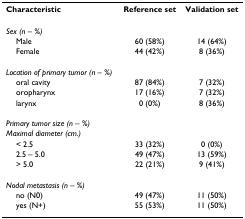
<table><thead><tr><td><b>Characteristic</b></td><td><b>Reference set</b></td><td><b>Validation set</b></td></tr></thead><tbody><tr><td><i>Sex (n – %)</i></td><td>[EMPTY_CELL]</td><td>[EMPTY_CELL]</td></tr><tr><td> Male</td><td>60 (58%)</td><td>14 (64%)</td></tr><tr><td> Female</td><td>44 (42%)</td><td>8 (36%)</td></tr><tr><td><i>Location of primary tumor (n – %)</i></td><td>[EMPTY_CELL]</td><td>[EMPTY_CELL]</td></tr><tr><td> oral cavity</td><td>87 (84%)</td><td>7 (32%)</td></tr><tr><td> oropharynx</td><td>17 (16%)</td><td>7 (32%)</td></tr><tr><td> larynx</td><td>0 (0%)</td><td>8 (36%)</td></tr><tr><td><i>Primary tumor size (n – %)</i></td><td>[EMPTY_CELL]</td><td>[EMPTY_CELL]</td></tr><tr><td><i>Maximal diameter (cm.)</i></td><td>[EMPTY_CELL]</td><td>[EMPTY_CELL]</td></tr><tr><td> &lt; 2.5</td><td>33 (32%)</td><td>0 (0%)</td></tr><tr><td> 2.5 – 5.0</td><td>49 (47%)</td><td>13 (59%)</td></tr><tr><td> &gt; 5.0</td><td>22 (21%)</td><td>9 (41%)</td></tr><tr><td><i>Nodal metastasis (n – %)</i></td><td>[EMPTY_CELL]</td><td>[EMPTY_CELL]</td></tr><tr><td> no (N0)</td><td>49 (47%)</td><td>11 (50%)</td></tr><tr><td> yes (N+)</td><td>55 (53%)</td><td>11 (50%)</td></tr></tbody></table>